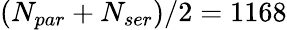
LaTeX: (N_{par}+N_{ser})/2=1168